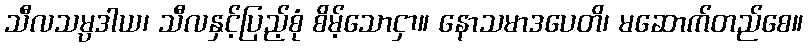
သီလသမ္ပဒါယ၊ သီလနှင့်ပြည့်စုံ စိမ့်သောငှာ။ နောသမာဒပေတိ၊ မဆောက်တည်စေ။